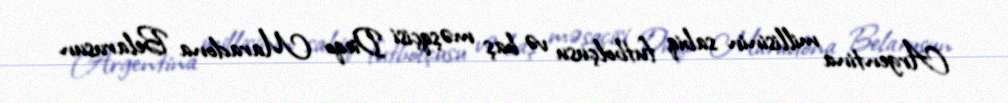
Argentina millisinin sabiq futbolçusu və baş məşqçisi Dieqo Maradona Belarusun